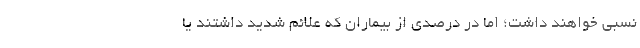
نسبی خواهند داشت؛ اما در درصدی از بیماران که علائم شدید داشتند یا